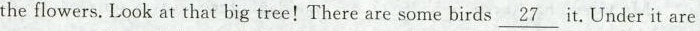
the flowers. Look at that big tree!There are some birds \underline{27} it. Under it are